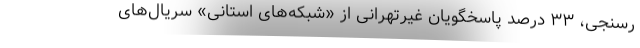
رسنجی، ۳۳ درصد پاسخگویان غیرتهرانی از «شبکه‌های استانی» سریال‌های